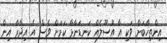
އިންތިޚާބަށް ވަކި އާ އުސޫލެއް ކަނޑަނާޅާ ކަމަށް ވެސް އެ އިދާރާ އިން